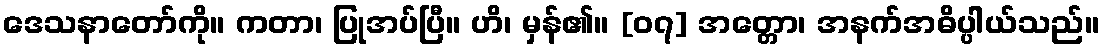
ဒေသနာတော်ကို။ ကတာ၊ ပြုအပ်ပြီ။ ဟိ၊ မှန်၏။ [၀၇] အတ္တော၊ အနက်အဓိပ္ပါယ်သည်။